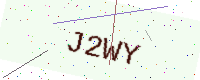
Text: J2WY